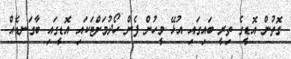
ގޮތުން އޮޑީގެ ތިރީ ބައިގައި އުޅޭ މީހުން ފެން ހޯދުމަށްޓަކައި އޮޑީގައި ބާގަނޑެއް